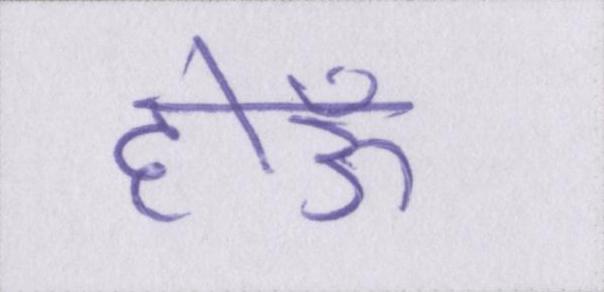
होऊँ